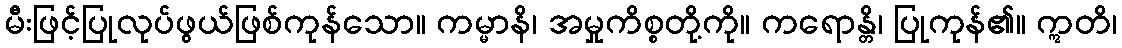
မီးဖြင့်ပြုလုပ်ဖွယ်ဖြစ်ကုန်သော။ ကမ္မာနိ၊ အမှုကိစ္စတို့ကို။ ကရောန္တိ၊ ပြုကုန်၏။ ဣတိ၊